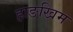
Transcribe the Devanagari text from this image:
हाङखिम